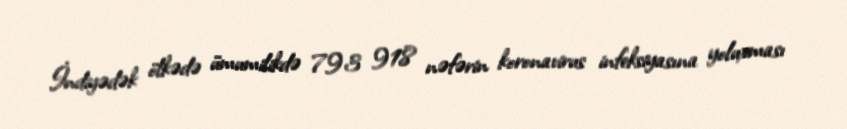
İndiyədək ölkədə ümumilikdə 793 918 nəfərin koronavirus infeksiyasına yoluxması